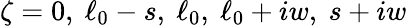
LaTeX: \zeta=0,\ \ell_{0}-s,\ \ell_{0},\ \ell_{0}+iw,\ s+iw